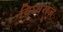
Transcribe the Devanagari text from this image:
विघ्वराज